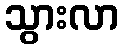
သွားလာ